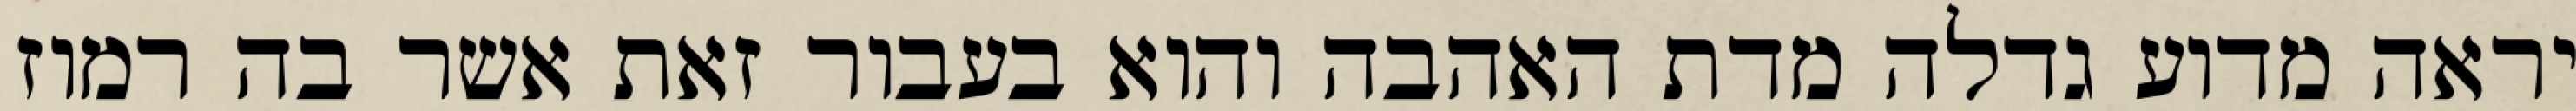
יראה מדוע גדלה מדת האהבה והוא בעבור זאת אשר בה רמוז